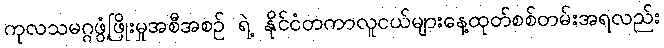
ကုလသမဂ္ဂဖွံ့ဖြိုးမှုအစီအစဉ် ရဲ့ နိုင်ငံတကာလူငယ်များနေ့ထုတ်စစ်တမ်းအရလည်း